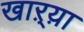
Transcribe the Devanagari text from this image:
खाऱ्य़ा